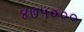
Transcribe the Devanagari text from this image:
४७५०००